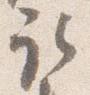
取